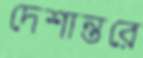
দেশান্তরে